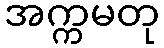
အက္ကမတု